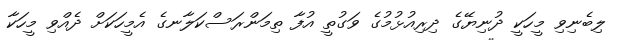
ލިބެނިވި މީހަކީ ދުނިޔޭގެ ދިރިއުޅުމުގެ ވަގުތީ އުފާ ތިމަންރަސްކަލާނގެ އެމީހަކަށް ދެއްވި މީހަކާ